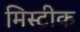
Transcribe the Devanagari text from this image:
मिस्टीक